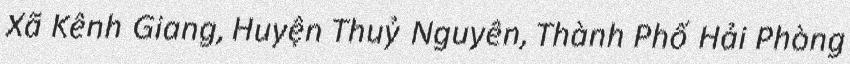
Xã Kênh Giang, Huyện Thuỷ Nguyên, Thành Phố Hải Phòng